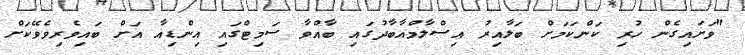
"ވަށައިގެން ހުރި ކަންކަމަށް ބަލާއިރު އިސްލާމްއާބާދުގައި ބާއްވާ ސަމިޓްގައި އިންޑިއާ އަށް ބައިވެރިވެވޭކަށް